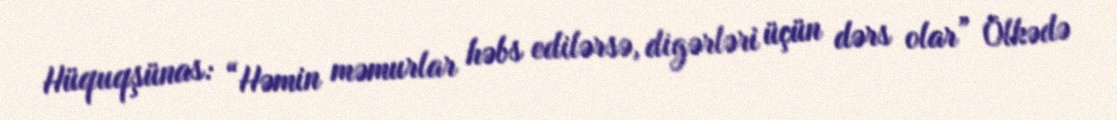
Hüquqşünas: “Həmin məmurlar həbs edilərsə, digərləri üçün dərs olar” Ölkədə